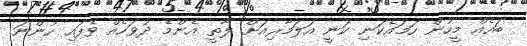
ބައެއް މީހުން ހަމައެކަނި ކަނީ އަލަމާރިއަށް ލާތީ އެންމެ ދުވަހެއް ވެފައި ހުންނަ